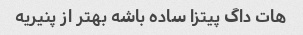
هات داگ پیتزا ساده باشه بهتر از پنیریه